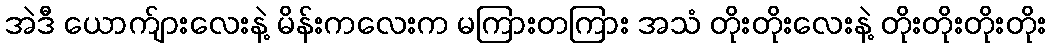
အဲဒီ ယောက်ျားလေးနဲ့ မိန်းကလေးက မကြားတကြား အသံ တိုးတိုးလေးနဲ့ တိုးတိုးတိုးတိုး